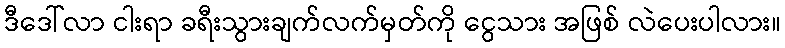
ဒီဒေါ်လာ ငါးရာ ခရီးသွားချက်လက်မှတ်ကို ငွေသား အဖြစ် လဲပေးပါလား။